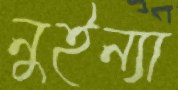
নুইন্যা